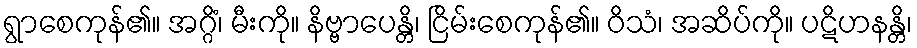
ရွာစေကုန်၏။ အဂ္ဂိံ၊ မီးကို။ နိဗ္ဗာပေန္တိ၊ ငြိမ်းစေကုန်၏။ ဝိသံ၊ အဆိပ်ကို။ ပဋိဟနန္တိ၊